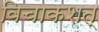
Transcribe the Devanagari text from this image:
विचाकशत्